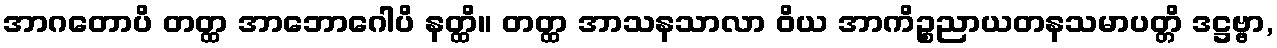
အာဂတောပိ တတ္ထ အာဘောဂေါပိ နတ္ထိ။ တတ္ထ အာသနသာလာ ဝိယ အာကိဉ္စညာယတနသမာပတ္တိ ဒဋ္ဌဗ္ဗာ,